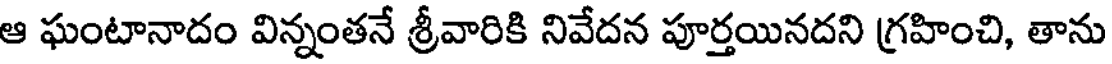
ఆ ఘంటానాదం విన్నంతనే శ్రీవారికి నివేదన పూర్తయినదని గ్రహించి, తాను